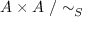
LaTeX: A \times A ~ / \sim _ { S }